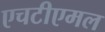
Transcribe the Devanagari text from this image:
एचटीएमल